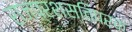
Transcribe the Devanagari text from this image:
राजप्रशस्तिपरक